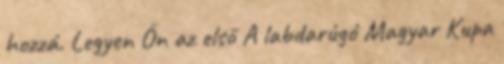
hozzá. Legyen Ön az első A labdarúgó Magyar Kupa